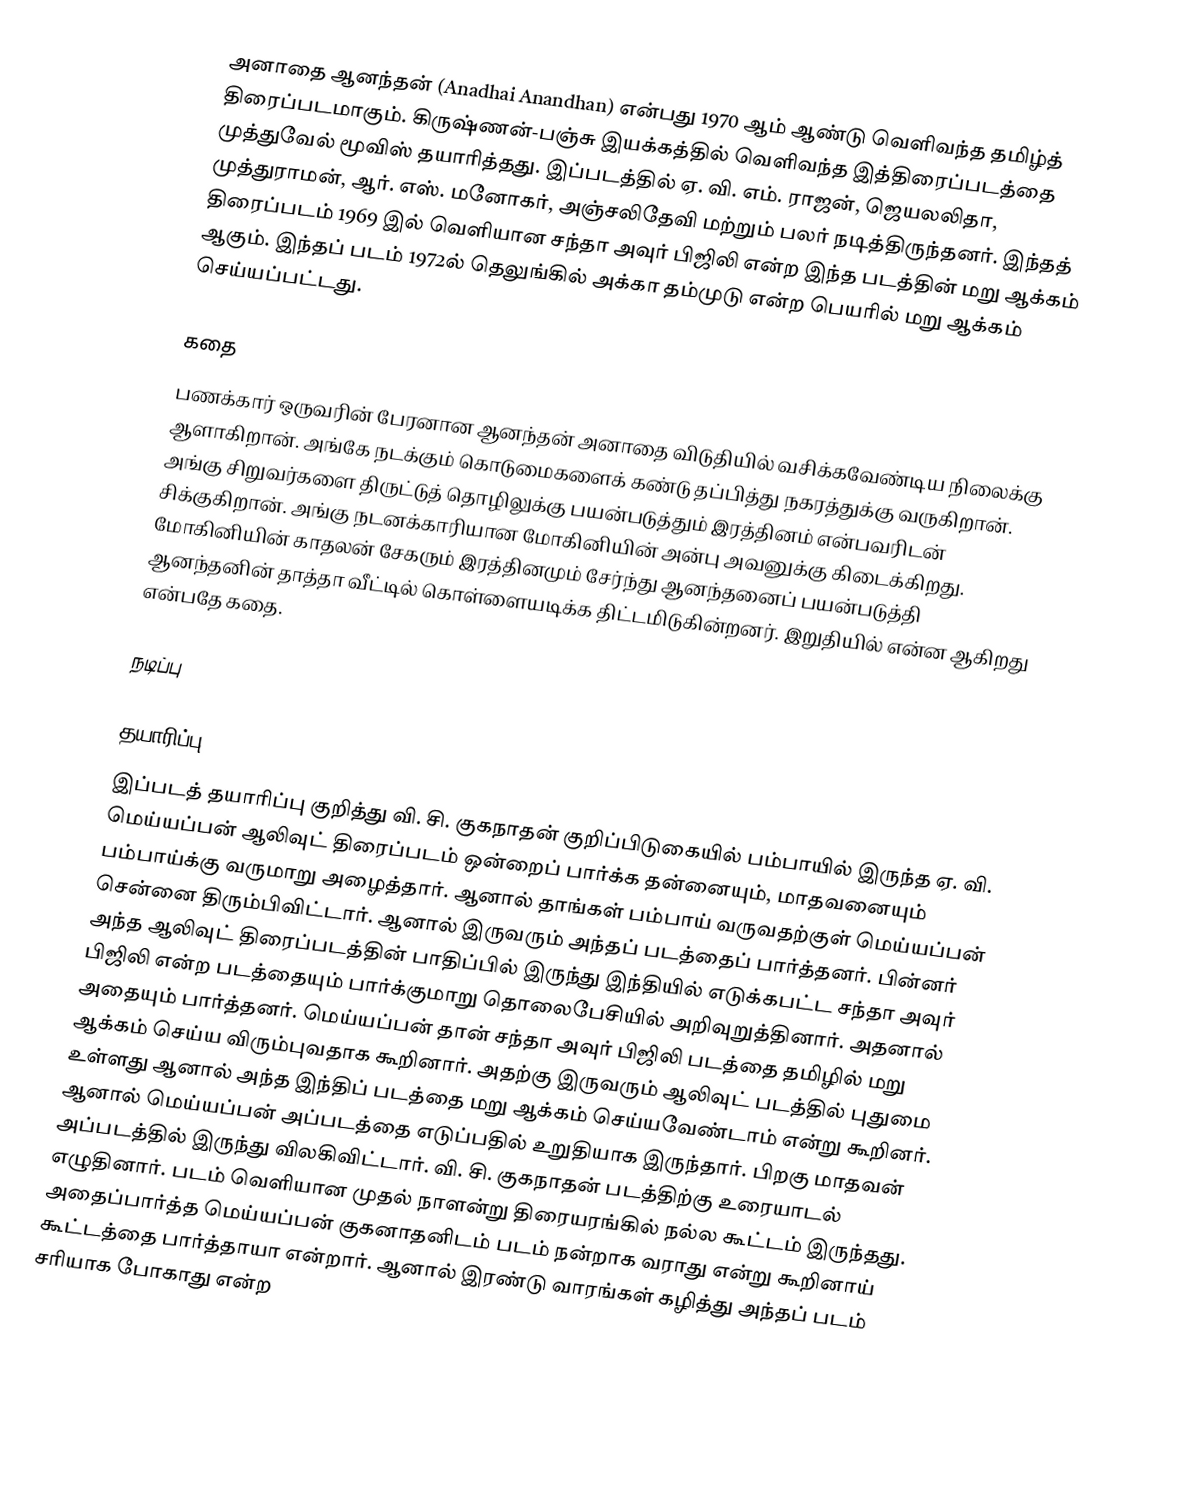
அனாதை ஆனந்தன் (Anadhai Anandhan) என்பது 1970 ஆம் ஆண்டு வெளிவந்த தமிழ்த் திரைப்படமாகும். கிருஷ்ணன்-பஞ்சு இயக்கத்தில் வெளிவந்த இத்திரைப்படத்தை முத்துவேல் மூவிஸ் தயாரித்தது. இப்படத்தில் ஏ. வி. எம். ராஜன், ஜெயலலிதா, முத்துராமன், ஆர். எஸ். மனோகர், அஞ்சலிதேவி மற்றும் பலர் நடித்திருந்தனர். இந்தத் திரைப்படம் 1969 இல் வெளியான சந்தா அவுர் பிஜிலி என்ற இந்த படத்தின் மறு ஆக்கம் ஆகும். இந்தப் படம் 1972ல் தெலுங்கில் அக்கா தம்முடு என்ற பெயரில் மறு ஆக்கம் செய்யப்பட்டது.

கதை
பணக்கார் ஒருவரின் பேரனான ஆனந்தன் அனாதை விடுதியில் வசிக்கவேண்டிய நிலைக்கு ஆளாகிறான். அங்கே நடக்கும் கொடுமைகளைக் கண்டு தப்பித்து நகரத்துக்கு வருகிறான். அங்கு சிறுவர்களை திருட்டுத் தொழிலுக்கு பயன்படுத்தும் இரத்தினம் என்பவரிடன் சிக்குகிறான். அங்கு நடனக்காரியான மோகினியின் அன்பு அவனுக்கு கிடைக்கிறது. மோகினியின் காதலன் சேகரும் இரத்தினமும் சேர்ந்து ஆனந்தனைப் பயன்படுத்தி ஆனந்தனின் தாத்தா வீட்டில் கொள்ளையடிக்க திட்டமிடுகின்றனர். இறுதியில் என்ன ஆகிறது என்பதே கதை.

நடிப்பு

தயாரிப்பு
இப்படத் தயாரிப்பு குறித்து வி. சி. குகநாதன் குறிப்பிடுகையில் பம்பாயில் இருந்த ஏ. வி. மெய்யப்பன் ஆலிவுட் திரைப்படம் ஒன்றைப் பார்க்க தன்னையும், மாதவனையும் பம்பாய்க்கு வருமாறு அழைத்தார். ஆனால் தாங்கள் பம்பாய் வருவதற்குள் மெய்யப்பன் சென்னை திரும்பிவிட்டார். ஆனால் இருவரும் அந்தப் படத்தைப் பார்த்தனர். பின்னர் அந்த ஆலிவுட் திரைப்படத்தின் பாதிப்பில் இருந்து இந்தியில் எடுக்கபட்ட சந்தா அவுர் பிஜிலி என்ற படத்தையும் பார்க்குமாறு தொலைபேசியில் அறிவுறுத்தினார். அதனால் அதையும் பார்த்தனர். மெய்யப்பன் தான் சந்தா அவுர் பிஜிலி படத்தை தமிழில் மறு ஆக்கம் செய்ய விரும்புவதாக கூறினார். அதற்கு இருவரும் ஆலிவுட் படத்தில் புதுமை உள்ளது ஆனால் அந்த இந்திப் படத்தை மறு ஆக்கம் செய்யவேண்டாம் என்று கூறினர். ஆனால் மெய்யப்பன் அப்படத்தை எடுப்பதில் உறுதியாக இருந்தார். பிறகு மாதவன் அப்படத்தில் இருந்து விலகிவிட்டார்.  வி. சி. குகநாதன் படத்திற்கு உரையாடல் எழுதினார். படம் வெளியான முதல் நாளன்று திரையரங்கில் நல்ல கூட்டம் இருந்தது. அதைப்பார்த்த மெய்யப்பன் குகனாதனிடம் படம் நன்றாக வராது என்று கூறினாய் கூட்டத்தை பார்த்தாயா என்றார். ஆனால் இரண்டு வாரங்கள் கழித்து அந்தப் படம் சரியாக போகாது என்ற